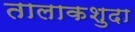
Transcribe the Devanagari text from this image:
तालाकशुदा